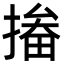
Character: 㨧